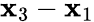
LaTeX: \mathbf{x}_{3}-\mathbf{x}_{1}